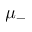
\mu _ { - }